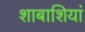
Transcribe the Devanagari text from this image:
शाबाशियां